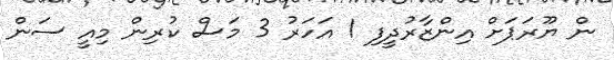
ން ޔޫރަޕަށް އިންޒާރުދީފި 1 އަހަރު 3 މަސް ކުރިން މިއީ ސަން